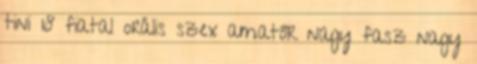
tini 18 fiatal orális szex amatőr nagy fasz nagy